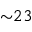
{ \sim } 2 3